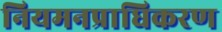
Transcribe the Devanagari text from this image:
नियमनप्राधिकरण